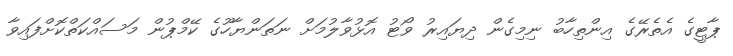
ޕާޓީގެ އެތެރޭގެ އިންތިހާބު ނިމިގެން ދިޔައިރު ވޯޓު އޮޅުވާލުމަށް ނަތަންޔާހޫގެ ކޭމްޕުން މަސައްކަތްކޮށްފައިވާ